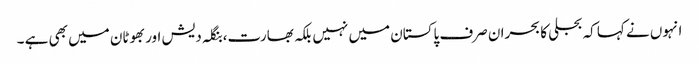
انہوں نے کہا کہ بجلی کا بحران صرف پاکستان میں نہیں بلکہ بھارت،بنگلہ دیش اور بھوٹان میں بھی ہے ۔